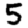
Digit: 5